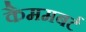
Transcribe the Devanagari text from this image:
कैममबर्ट